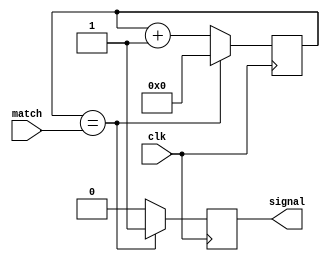
module timer(
	input wire clk,
	input wire [N-1:0] match,
	output reg signal = 1'd0
);

parameter N = 32;
reg [N-1:0] count = {N{1'd0}};

always @(posedge clk) begin
	if (count == match) begin
		count <= {N{1'd0}};
		signal <= 1;
	end else begin
		count <= count + 1;
		signal <= 0;
	end
end

endmodule